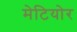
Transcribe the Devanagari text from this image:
मेटियोर